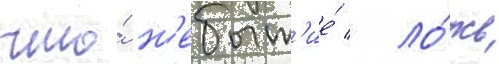
что́ н'ебыт'ие́ / ло́жь